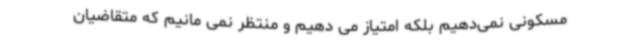
مسکونی نمی‌دهیم بلکه امتیاز می دهیم و منتظر نمی مانیم که متقاضیان